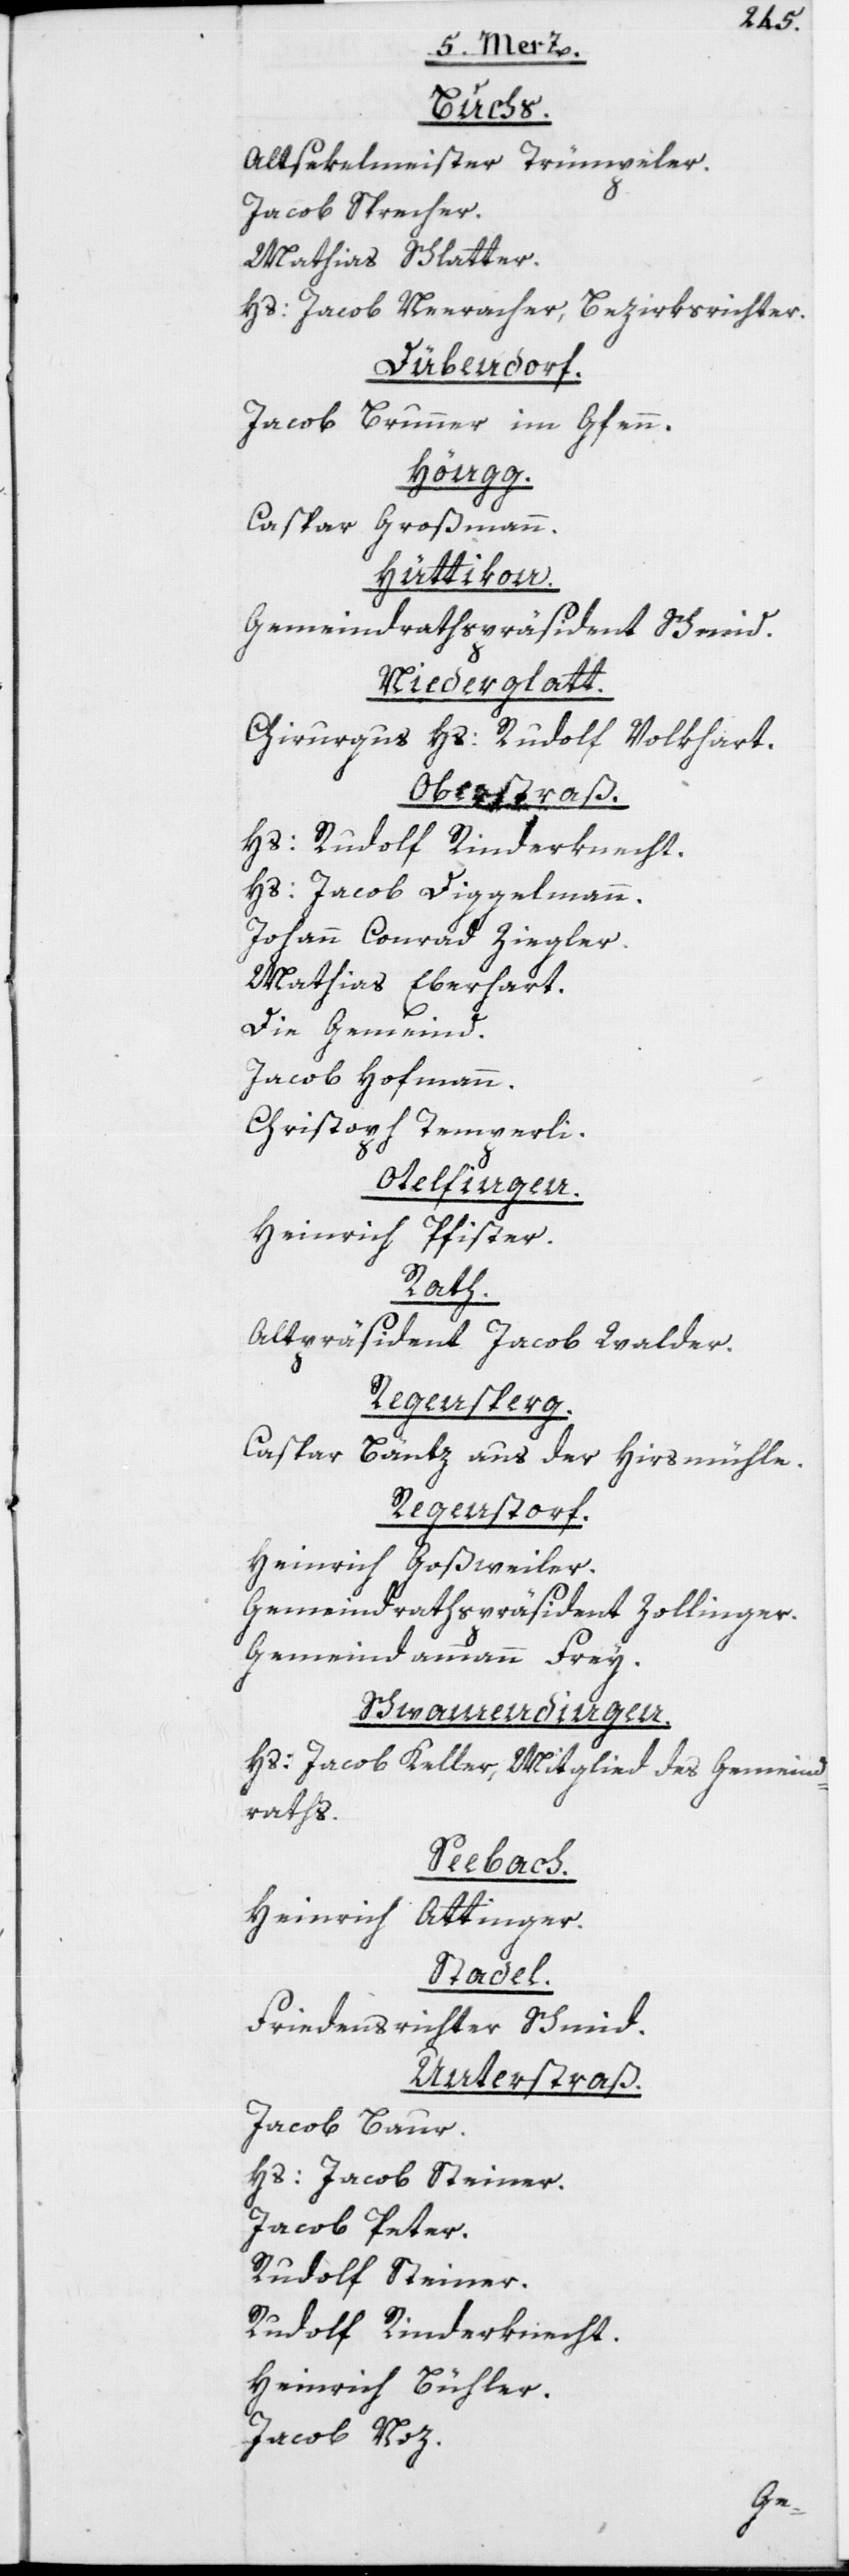
Buchs.
Altsekelmeister Trümpeler.
Jacob Sprecher.
Mathias Schlatter.
Hs: Jacob Neeracher, Bezirksrichter.
Dübendorf.
Jacob Brunner im Gfenn.
Höngg.
Caspar Großmann.
Hüttikon.
Gemeindrathspräsident Schmid.
Niederglatt.
Chirurgus Hs: Rudolf Volkhart.
Oberstraß.
Hs: Rudolf Rinderknecht.
Hs: Jacob Diggelmann.
Johann Conrad Ziegler.
Mathias Eberhart.
Die Gemeind.
Jacob Hofmann.
Christoph Temperli.
Otelfingen.
Heinrich Pfister.
Rath.
Altpräsident Jacob Walder.
Regensperg.
Caspar Bäntz aus der
Hirsmühle.
Regenstorf.
Heinrich Goßweiler.
Gemeindrathspräsident Zollinger.
Gemeindammann Frey.
Schwamendingen.
Hs: Jacob Keller, Mitglied des Gemeind¬
raths.
Seebach.
Heinrich Attinger.
Stadel.
Friedensrichter Schmid.
Unterstraß.
Jacob Baur.
Hs: Jacob Steiner.
Jacob Peter.
Rudolf Steiner.
Rudolf Rinderknecht.
Heinrich Bühler.
Jacob Noz.